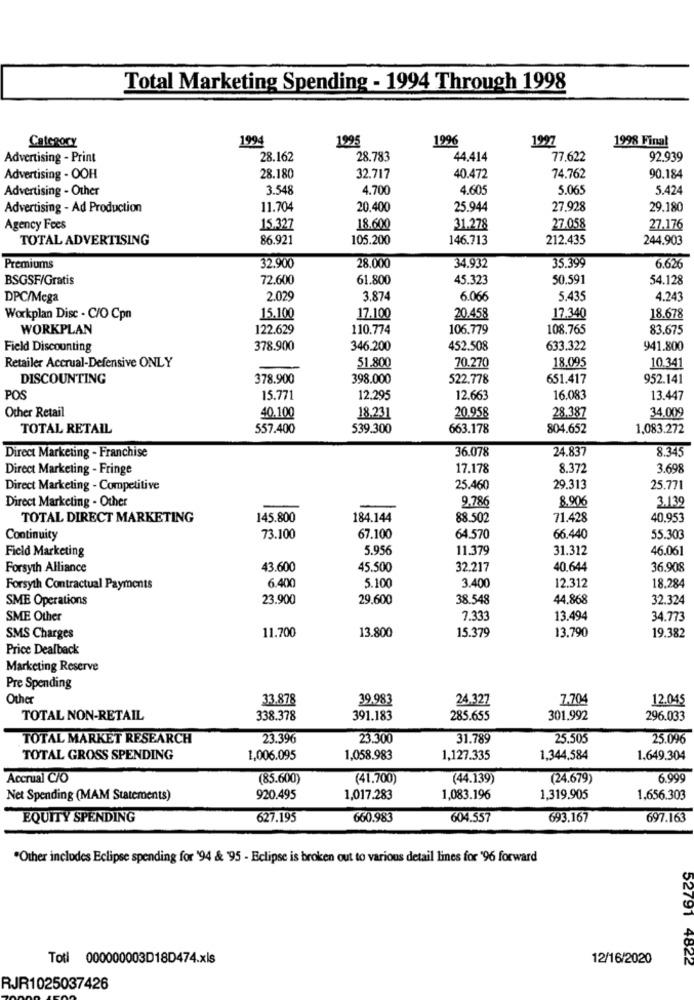
Total Marketing Spending - 1994 Through 1998
Category
1994
1995
1996
1997
1998 Final
Advertising - Print
28.162
28.783
44,414
77.622
92.939
Advertising - OOH
28.180
32.717
40.472
74.762
90.184
Advertising - Other
3.548
4.700
4.605
5.065
5.424
Advertising - Ad Production
11.704
20.400
25.944
27.928
29.180
Agency Fees
15.327
18.600
31.278
27.058
27.176
TOTAL ADVERTISING
86.921
105.200
146.713
212.435
244.903
35.399
Premiums
32.900
28.000
34.932
6.626
BSGSF/Gratis
72.600
61.800
45.323
50.591
54.128
DPC/Mega
2.029
3.874
6.066
5.435
4.243
Workplan Disc - C/O Cpn
15,100
17.100
20.458
17.340
18.678
WORKPLAN
122.629
110.774
106.779
108.765
83.675
Field Discounting
378.900
346.200
452.508
633.322
941.800
51.800
70.270
18.095
10.341
Retailer Accrual-Defensive ONLY
DISCOUNTING
378.900
398.000
522.778
651.417
952.141
POS
15.771
12.295
12.663
16.083
13.447
Other Retail
40,100
18.231
20.958
28.387
34.009
TOTAL RETAIL
557.400
539.300
663.178
804.652
1,083.272
36.078
24.837
8.345
Direct Marketing - Franchise
Direct Marketing - Fringe
17.178
8.372
3.698
Direct Marketing - Competitive
25.460
29.313
25.771
Direct Marketing - Other
9.786
8,906
3.139
TOTAL DIRECT MARKETING
145.800
184.144
88.502
71.428
40.953
Continuity
73.100
67.100
64.570
66.440
55.303
Field Marketing
5.956
11.379
31.312
46.061
Forsyth Alliance
43.600
45.500
32.217
40.644
36.908
6.400
5.100
3.400
12.312
18.284
Forsyth Contractual Payments
SME Operations
23.900
29.600
38.548
44.868
32.324
SME Other
7.333
13.494
34.773
11.700
13.800
15.379
13.790
19.382
SMS Charges
Price Dealback
Marketing Reserve
Pre Spending
Other
33.878
39.983
24.327
7.704
12.045
TOTAL NON-RETAIL
338.378
391.183
285.655
301.992
296.033
TOTAL MARKET RESEARCH
23.396
23.300
31.789
25.505
25.096
TOTAL GROSS SPENDING
1,006.095
1,058.983
1,127.335
1,344,584
1.649.304
Accrual C/O
(85.600)
(41.700)
(44.139)
(24.679)
6.999
Net Spending (MAM Statements)
920.495
1,017.283
1,083.196
1,319,905
1,656.303
EQUITY SPENDING
627.195
660.983
604.557
693.167
697.163
*Other includes Eclipse spending for '94 & '95 - Eclipse is broken out to various detail lines for '96 forward
Totl 000000003D18D474.xls
12/16/2020
52791 4822
RJR1025037426